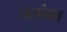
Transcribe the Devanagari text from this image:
ततांका